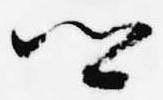
卿